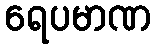
ရေပမာဏ